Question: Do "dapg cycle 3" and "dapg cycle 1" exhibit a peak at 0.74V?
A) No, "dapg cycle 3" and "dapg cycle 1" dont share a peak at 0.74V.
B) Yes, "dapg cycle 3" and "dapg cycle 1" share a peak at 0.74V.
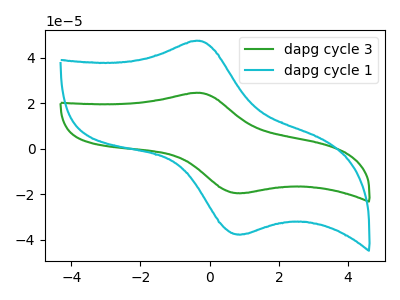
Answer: <think>The green curve "dapg cycle 3" has an anodic peak at (-0.30V, 24.60uA) and a cathodic peak at (0.95V, -19.50uA). The cyan curve "dapg cycle 1" has an anodic peak at (-0.30V, 47.50uA) and a cathodic peak at (0.95V, -37.65uA).</think>
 <answer>A) No, "dapg cycle 3" and "dapg cycle 1" dont share a peak at 0.74V.</answer>
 <eval>A</eval>